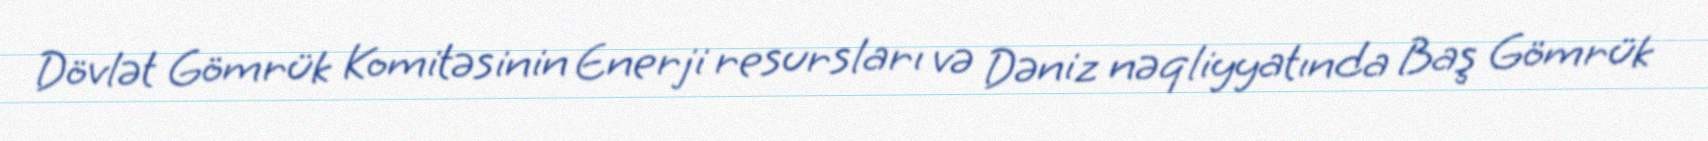
Dövlət Gömrük Komitəsinin Enerji resursları və Dəniz nəqliyyatında Baş Gömrük